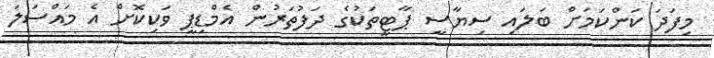
މިފަދަ ކަންކަމަށް ބަލައި ސިޔާސީ ޕާޓީތަކުގެ ދަފުތަރުން އެމްޑިޕީ ވަކިކޮށް އެ މައްސަލަ